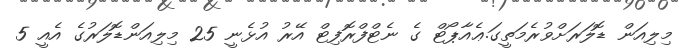
މިލިއަން ޑޮލަރަށްވުރެމަތީގަ.ޢެއާޕޯޓް ގެ ނެޓްފްރޮފިޓް އޭރު އުޅެނީ 25 މިލިއަންޑޮލަރުގެ އެއީ 5